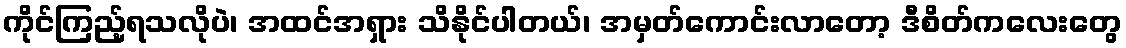
ကိုင်ကြည့်ရသလိုပဲ၊ အထင်အရှား သိနိုင်ပါတယ်၊ အမှတ်ကောင်းလာတော့ ဒီစိတ်ကလေးတွေ